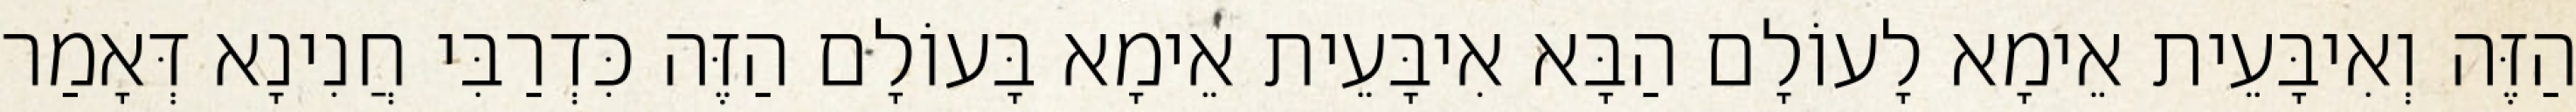
הַזֶּה וְאִיבָּעֵית אֵימָא לָעוֹלָם הַבָּא אִיבָּעֵית אֵימָא בָּעוֹלָם הַזֶּה כִּדְרַבִּי חֲנִינָא דְּאָמַר